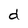
Character: d